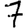
Digit: 7